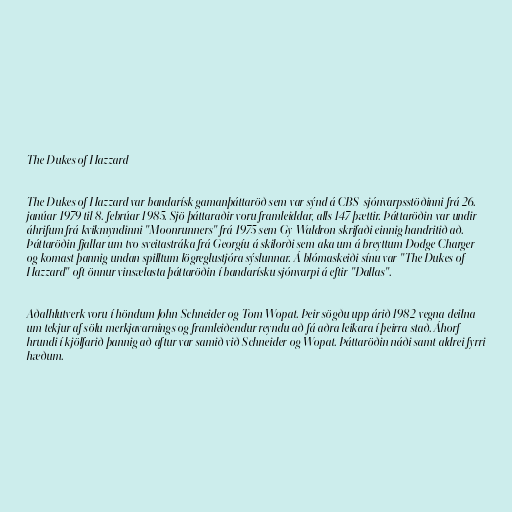
The Dukes of Hazzard

The Dukes of Hazzard var bandarísk gamanþáttaröð sem var sýnd á CBS-sjónvarpsstöðinni frá 26.
janúar 1979 til 8. febrúar 1985. Sjö þáttaraðir voru framleiddar, alls 147 þættir. Þáttaröðin var undir
áhrifum frá kvikmyndinni "Moonrunners" frá 1975 sem Gy Waldron skrifaði einnig handritið að.
Þáttaröðin fjallar um tvo sveitastráka frá Georgíu á skilorði sem aka um á breyttum Dodge Charger
og komast þannig undan spilltum lögreglustjóra sýslunnar. Á blómaskeiði sínu var "The Dukes of
Hazzard" oft önnur vinsælasta þáttaröðin í bandarísku sjónvarpi á eftir "Dallas".

Aðalhlutverk voru í höndum John Schneider og Tom Wopat. Þeir sögðu upp árið 1982 vegna deilna
um tekjur af sölu merkjavarnings og framleiðendur reyndu að fá aðra leikara í þeirra stað. Áhorf
hrundi í kjölfarið þannig að aftur var samið við Schneider og Wopat. Þáttaröðin náði samt aldrei fyrri
hæðum.